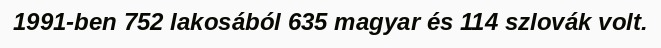
1991-ben 752 lakosából 635 magyar és 114 szlovák volt.